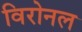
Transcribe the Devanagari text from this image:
विरोनल